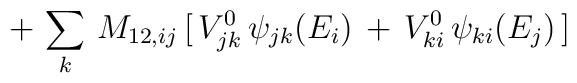
+\,\sum_k\,M_{12,ij}\,\big[\,V^0_{jk}\,\psi_{jk}(E_i)\,+\,V^0_{ki}\,\psi_{ki}(E_j)\,\big]